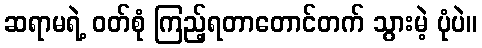
ဆရာမရဲ့ ဝတ်စုံ ကြည့်ရတာတောင်တက် သွားမဲ့ ပုံပဲ။